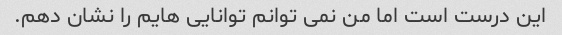
این درست است اما من نمی توانم توانایی هایم را نشان دهم.